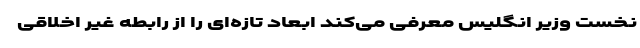
نخست وزیر انگلیس معرفی می‌کند ابعاد تازه‌ای را از رابطه غیر اخلاقی